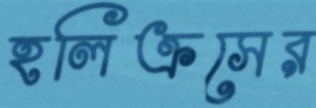
হলিক্রসের